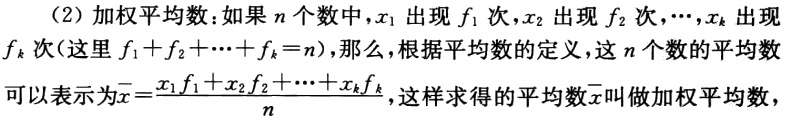
（2）加权平均数：如果\(n\)个数中，\(x_1\)出现\(f_1\)次，\(x_2\)出现\(f_2\)次，\(\cdots\)，\(x_k\)出现\(f_k\)次（这里\(f_1 + f_2 + \cdots + f_k = n\)），那么，根据平均数的定义，这\(n\)个数的平均数可以表示为\(\overline{x}=\frac{x_1f_1 + x_2f_2 + \cdots + x_kf_k}{n}\)，这样求得的平均数\(\overline{x}\)叫做加权平均数。